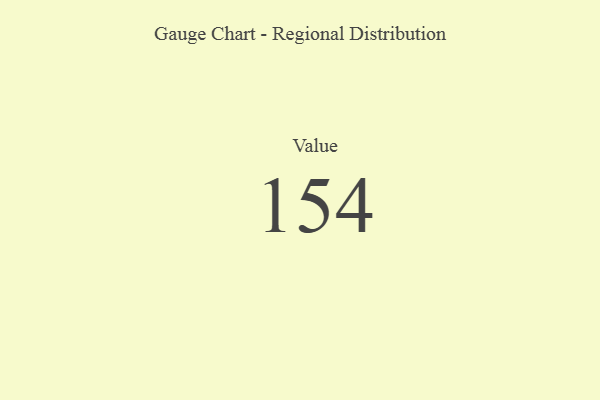
{"axis": {"x": "Metric", "y": "Value"}, "legend": [""], "data": [{"x": "Value", "y": 154, "type": ""}]}